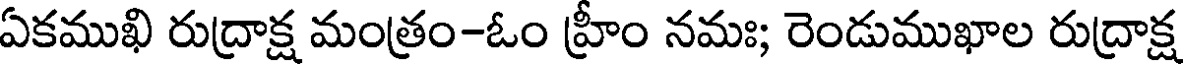
ఏకముఖి రుద్రాక్ష మంత్రం-ఓం హ్రీం నమః; రెండుముఖాల రుద్రాక్ష